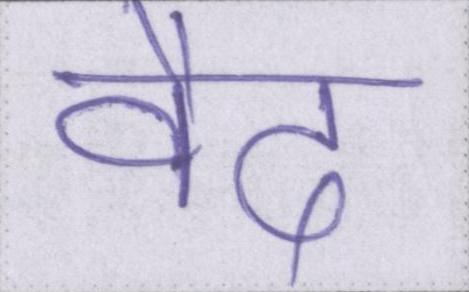
वैद